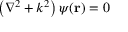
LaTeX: \left( \nabla ^ { 2 } + k ^ { 2 } \right) \psi ( \mathbf { r } ) = 0